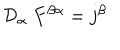
{ \cal D } _ { \alpha } \; F ^ { \beta \alpha } = j ^ { \beta }